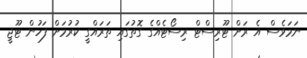
ނަމަވެސް އެ ރަށް ޓޫރިސްޓް ރިސޯޓެއްގެ ގޮތުގައި ތަރައްގީ ކުރުމަށް ފަހުން ޓޫޖީ